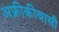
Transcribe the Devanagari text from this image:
अफ्रीकीवासी